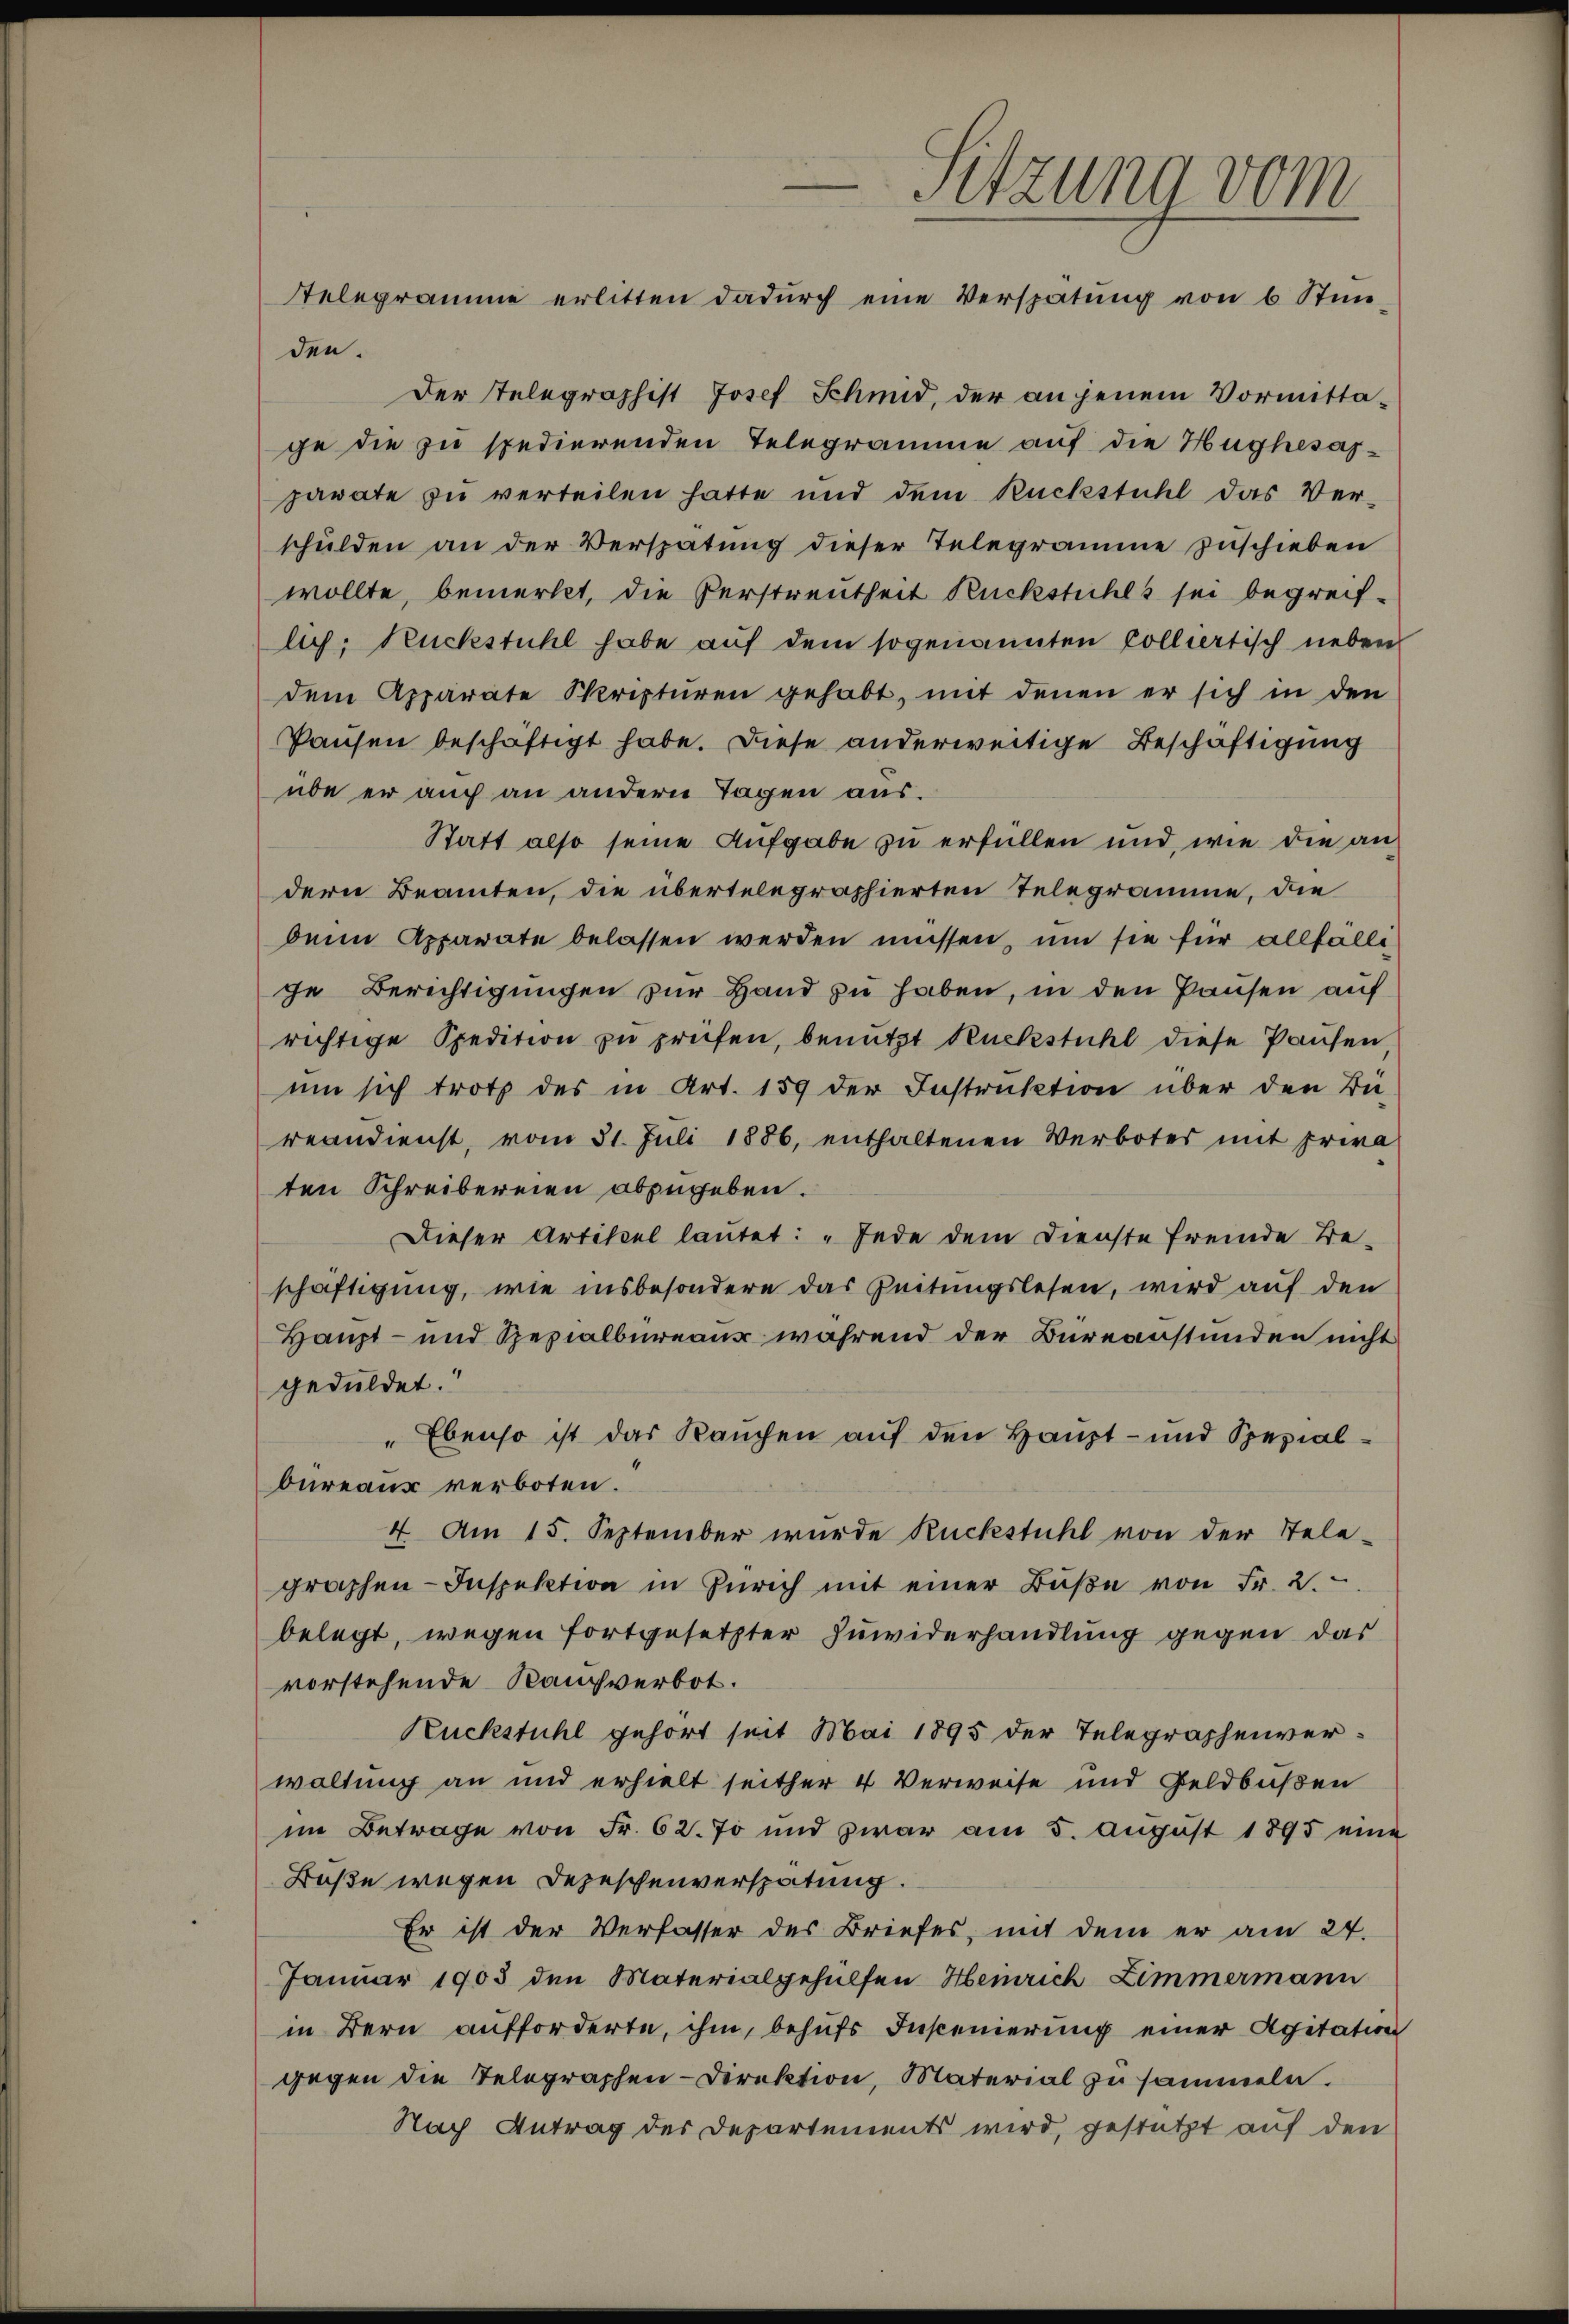
Sitzung vom
Telegramme erlitten dadŭrch eine Verspätung von 6 Stunden.

Der Telegraphist Josef Schmid, der an jenem Vormittage die zu spedierenden Telegramme auf die Hughesaparate zu verteilen hatte und dem Rückstuhl das Ver-
schŭlden an der Verspatŭng dieser Telegramme zŭschieben
wollte, bemerkt, die Verstreutheit Rückstuhls sei begreiflich, Rückstuhl habe auf dem sogenannten Colliertisch neben
dem Apparate Skripturen gehabt, mit denen er sich in den
Pausen beschäftigt habe. Diese anderweitige Beschäftigung
übe er auch an andern Tagen aus.
Statt also seine Aufgabe zu erfüllen und, wie die andern Beamten, die übertelegraphierten Telegramme, die
denn Apparate belassen werden müssen, um sie für allfälli
ge Berichtigungen zur Hand zu haben, in den Pausen auf
richtige Spedition zu prüfen, benutzt Rückstuhl diese Pausen
um sich trotz des in Art. 159 der Instruktion über den Be-
reandienst, vom 31. Juli 1886, enthaltenen Verbotes mit Erwa
ten Schreibereien abzugeben.
Dieser Artikel lautet: „Jede dem Dienste fremde Be-
schäftigung, wie insbesondere das Zeitungslesen, wird auf den
Haupt- und Spezialbureaus während der Bureaustünden nicht
geduldet.
„Ebenso ist das Rauchen auf den Haupt- und Spezialbureaus verboten.
4. Am 15. September wurde Rückstuhl von der Tele-
graphen-Inspektion in Zürich mit einer Bŭβe von Fr. 2.
belegt, wegen fortgesetzter Zuwiderhandlung gegen das
vorstehende Kaufverbot.
Ruckstuhl gehört seit Mai 1895 der Telegraphenverwaltung an und erhielt seither 4 Verweise und Geldbußen
im Betrage von Fr. 62. 7 und zwar am 5. August 1895 eine
Baße wegen Depeschenverspätung.
Er ist der Verfasser des Briefes, mit dem er am 24.
Januar 1905 den Materialgehülfen Heinrich Zimmermann
in Bern aufforderte, ihm, behufs Inscenierung einer Agitation
gegen die Telegraphen-Direktion, Material zusammeln.
Nach Antrag des Departements wird, gestützt auf den